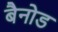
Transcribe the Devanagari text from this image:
बैनोड